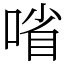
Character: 㗂